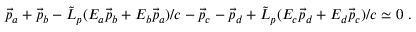
\vec { p } _ { a } + \vec { p } _ { b } - { \tilde { L } } _ { p } ( E _ { a } \vec { p } _ { b } + E _ { b } \vec { p } _ { a } ) / c - \vec { p } _ { c } - \vec { p } _ { d } + { \tilde { L } } _ { p } ( E _ { c } \vec { p } _ { d } + E _ { d } \vec { p } _ { c } ) / c \simeq 0 ~ .